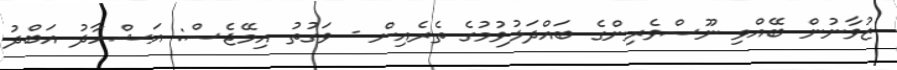
ޒުވާނުން ބޭއްވި ނޫސްވެރިންގެ ބައްދަލުވުމުގެ ތެރެއިން - ވަގުތު އިމޭޖެސް: އަޝްހާދު އަބްދު